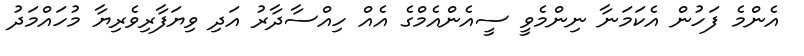
އެންމެ ފަހުން އެކަމަނާ ނިންމެވީ ސީއެންއެމްގެ އެއް ހިއްސާދާރު އަދި ވިޔަފާރިވެރިޔާ މުހައްމަދު